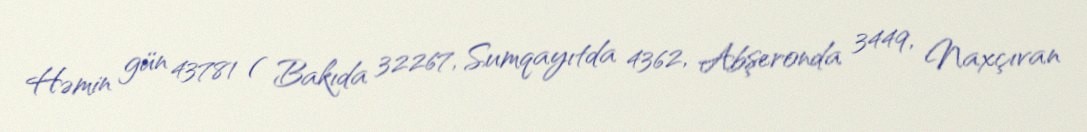
Həmin gün 43781 ( Bakıda 32267, Sumqayıtda 4362, Abşeronda 3449, Naxçıvan